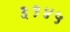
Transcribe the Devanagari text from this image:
३१४५